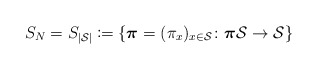
\begin{align*}S_N=S_{|\mathcal{S}|}\coloneqq \{\boldsymbol{\pi}=(\pi_x)_{x\in\mathcal{S}}\colon \boldsymbol{\pi} \mathcal{S}\rightarrow \mathcal{S}\}\end{align*}